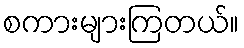
စကားများကြတယ်။